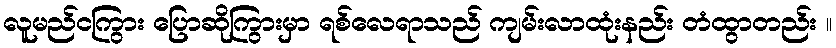
လူမည်ငကြွား ပြောဆိုကြွားမှာ ရစ်လေရာသည် ကျမ်းလာထုံးနည်း တံထွာတည်း ။